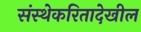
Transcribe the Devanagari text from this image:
संस्थेकरितादेखील